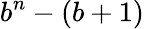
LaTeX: b^{n}-(b+1)